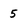
Character: 5